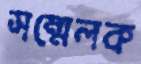
সম্মেলক